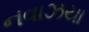
નવાઝયા